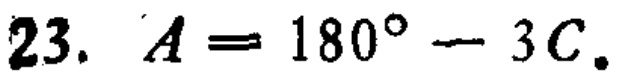
23. \(A = 180^{\circ}-3C\)